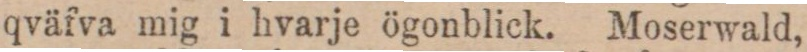
qväfva mig i hvarje ögonblick. Moserwald,